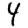
Digit: 4